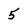
Character: 5